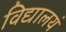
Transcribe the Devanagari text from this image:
विद्यालयं